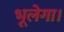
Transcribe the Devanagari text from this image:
भूलेगा।